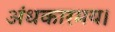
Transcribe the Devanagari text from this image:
अंधकारमय।